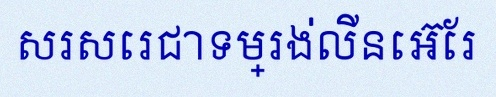
សរសេរជាទម្រង់លីនេអ៊ែរ